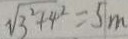
\sqrt { 3 ^ { 2 } + 4 ^ { 2 } } = 5 m